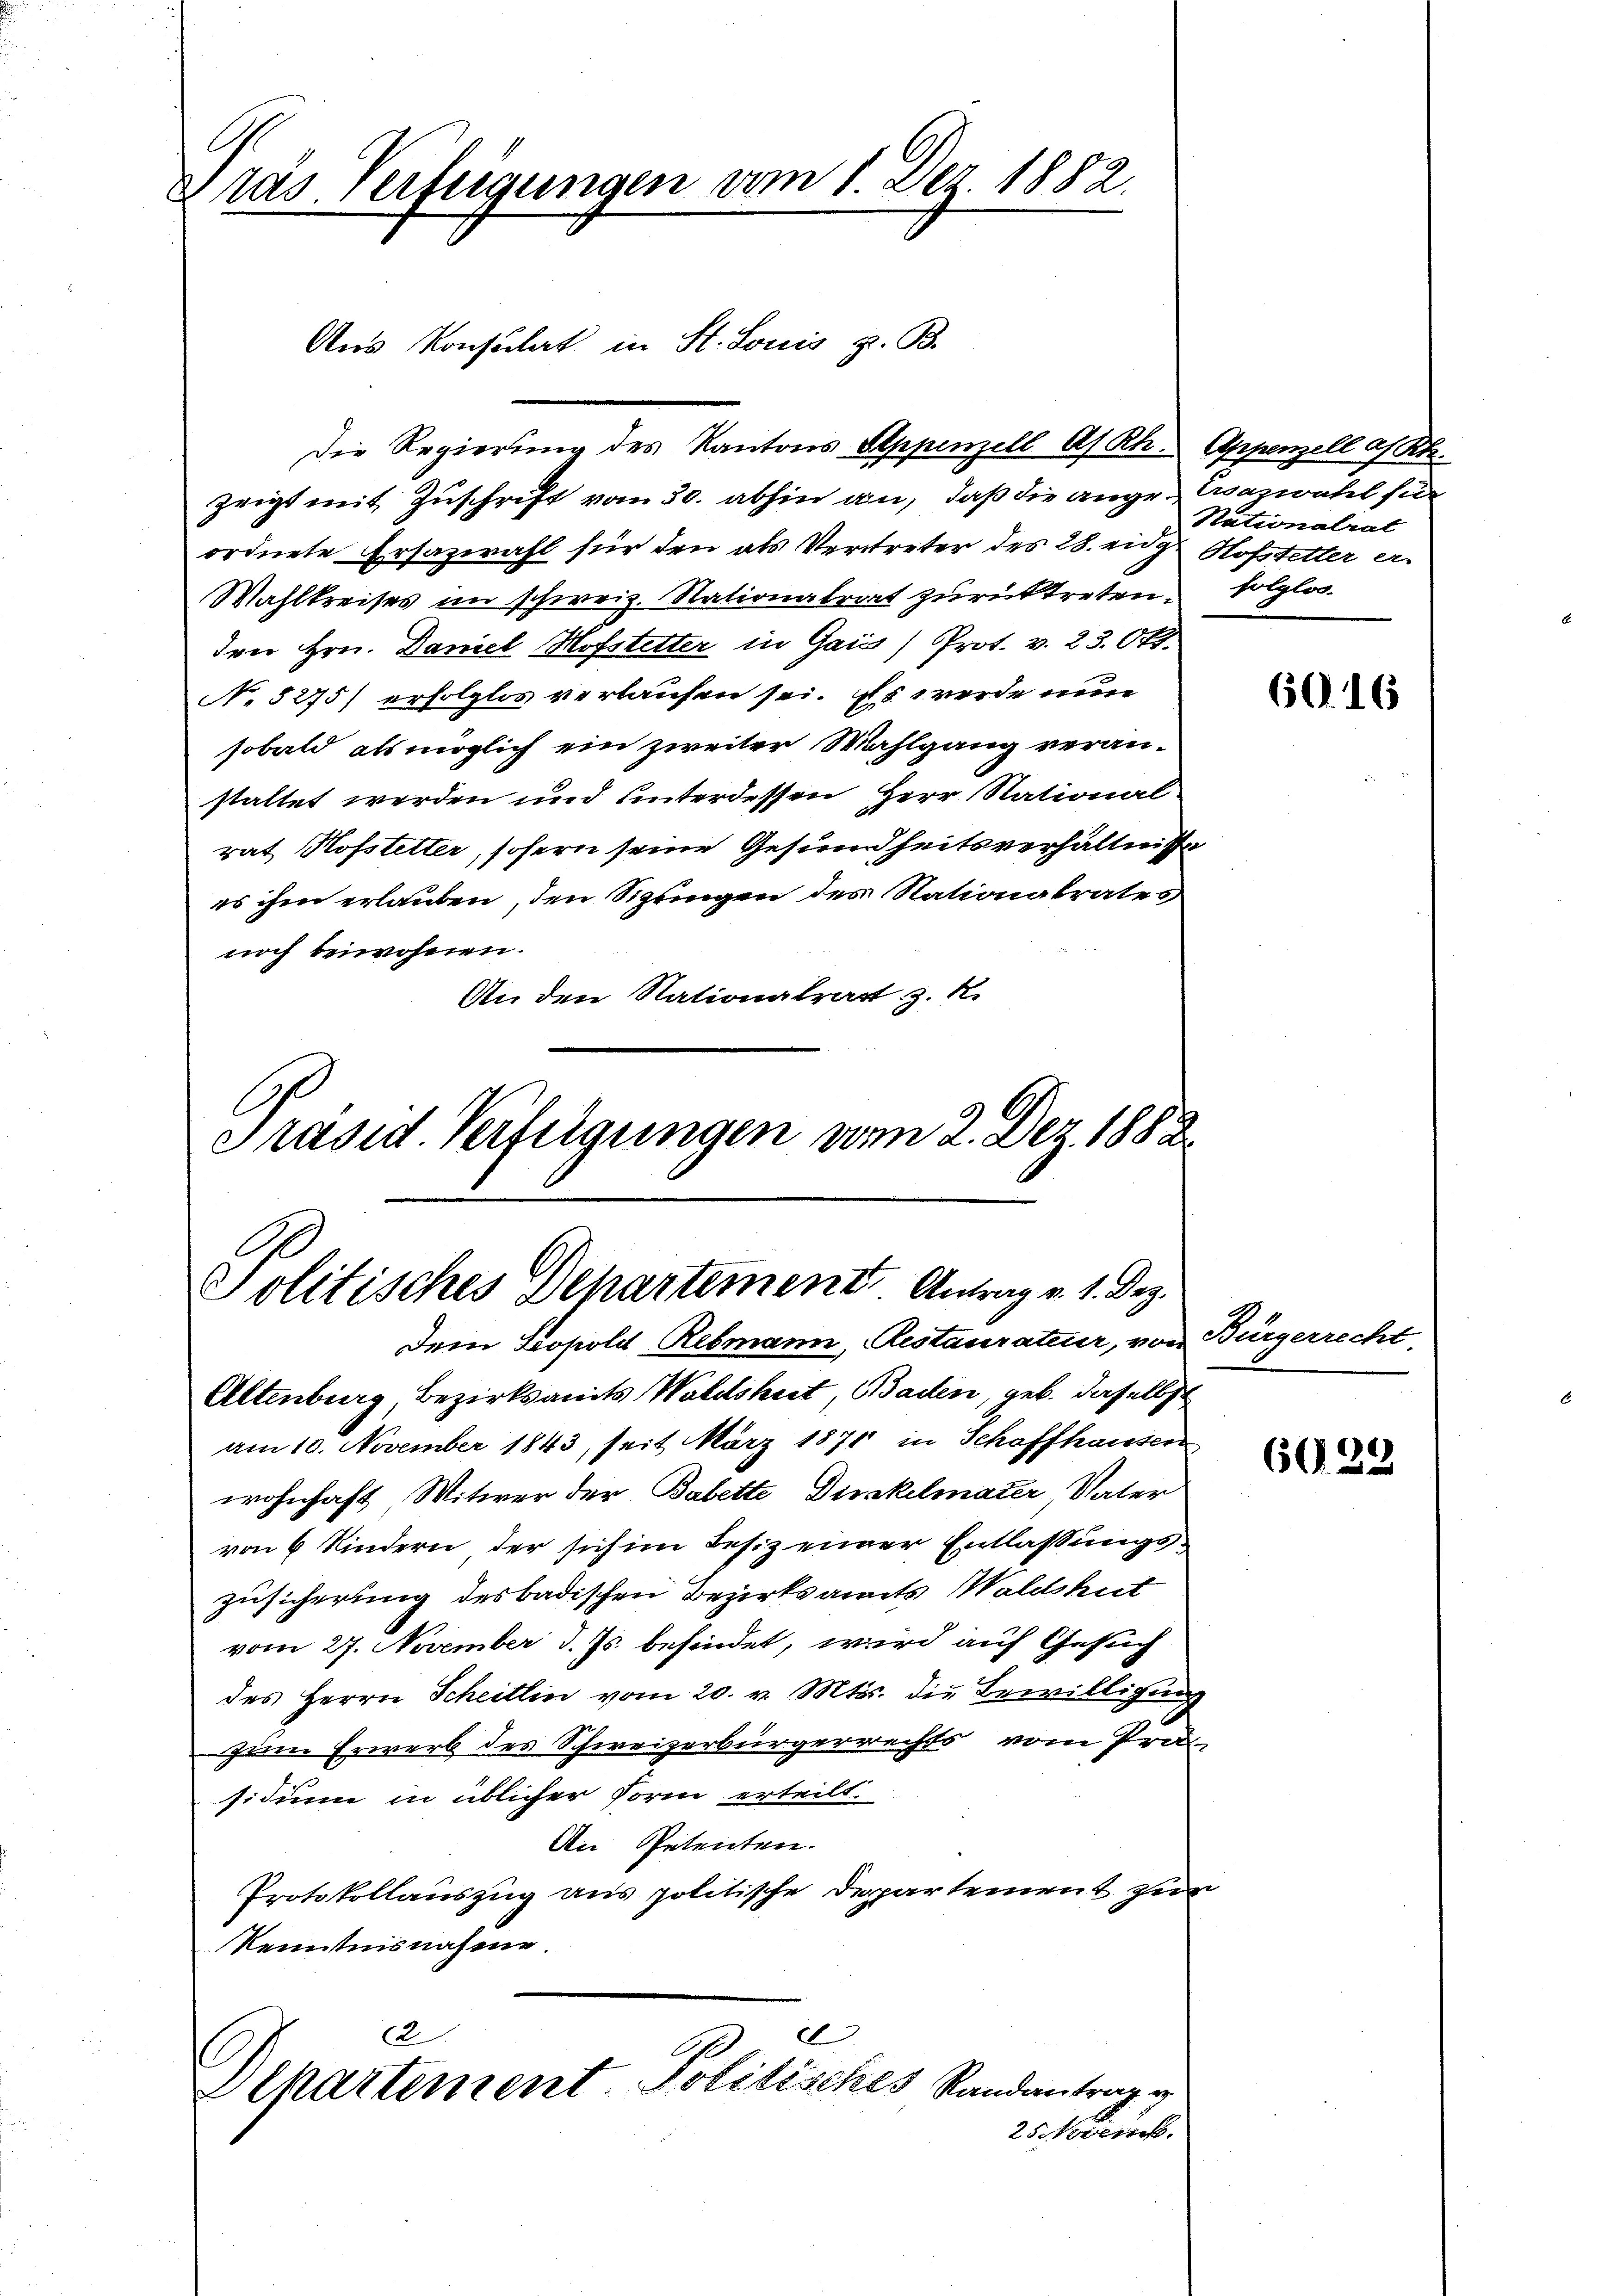
Dras Verfügungen vom 1. Der 1882.

Die Regierung des Kantons Appenzell A/Rh. Appenzell a/Rh.
zeigt mit Zuschrift vom 30. abhin an, daß die ange-Ersazwahl für
ordnete Ersazwahl für den als Vertreter des 28. enze Hofstetter er-
Wahlkreises im schweiz. Nationalrat zurücktreten. Solglos.
drei Hrn. Daniel Hofstetter in Gais) Prot. v. 23. Okt.
No 5275) erfolglos verlaufen sei. Es werde nun
sobald als möglich ein zweiter Wahlgang veran-
staltet werden und unterdessen Herr Stational
rat Hofstetter, sofern seine Gesundheitsverhältnisse
es ihm erlauben, den Sizungen des Stationalrates
noch beiwohnen.
An den Nationalratt z. R.

Aus Konsulat in St. Louis z. B.

Politisches Departement Antrag v. 1. Dez.
Dem Stopold Rebmann, Restaurateur, von Bürgerrecht.
Altenburg, Bezirksanits Waldsheit, Baden geb. daselbst

Präsid. Verfügungen vom 2. Dez. 1882.

Nationalrat

am 10. November 1843, seit März 1871 in Schaffhausen
wohnhaft Witwer der Babette Diskelmater, Vater
von 6 Kindern der sich im Besiz einer Entlassungszusicherung des badischen Bezirksamts Waldshut
vom 27. November d. Js. befindet, wird auf Gesuch
des Herrn Scheitlin vom 20. v. Mts. die Bewilligung
zum Erwerb des Schweizerbürgerrechts vom Prä
sidium in üblicher Form erteilt.
An Petenten.
Protokollauszug aus politische Departement zur
Kenntnisnahme
2
C
Separtement Politisches Randantrag g
25 Kreis

60. 16

6022